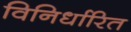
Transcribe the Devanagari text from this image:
विनिर्धारित